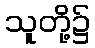
သူတို့၌